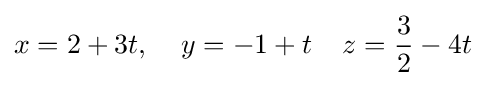
x=2+3t,\;\;\;\;y=-1+t\;\;\;\;z={\frac {3}{2}}-4t